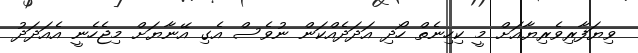
ވިޔަފާރިވެރިޔާއަށް މީ ކިހިނެތް ހޯދި އަދަދެއްކަން ނުވެސް އެގި އޭނާޔަށް މިޖެހެނީ އެއަދަދު